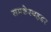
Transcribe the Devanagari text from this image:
समशेरबहद्दर